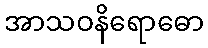
အာသဝနိရောဓော